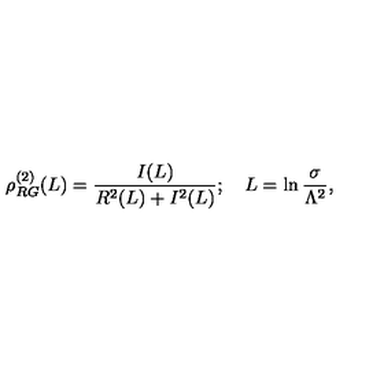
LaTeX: \rho _ { R G } ^ { ( 2 ) } ( L ) = \frac { I ( L ) } { R ^ { 2 } ( L ) + I ^ { 2 } ( L ) } ; \quad L = \ln \frac { \sigma } { \Lambda ^ { 2 } } ,